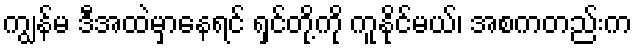
ကျွန်မ ဒီအထဲမှာနေရင် ရှင်တို့ကို ကူနိုင်မယ်၊ အစကတည်းက